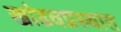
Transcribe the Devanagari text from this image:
खांडवप्रस्थात